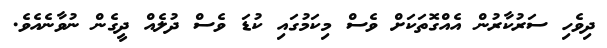
ދިވެހި ސަރުކާރުން އެއްގޮތަކަށް ވެސް މިކަމުގައި ކުޑަ ވެސް ދުލެއް ދީގެން ނުވާނެއެވެ.